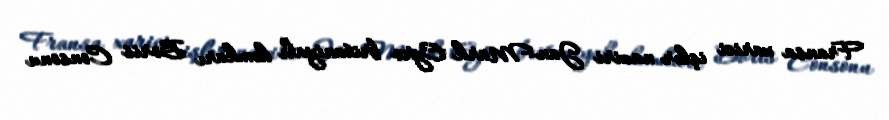
Fransa xarici işlər naziri Jan-Mark Eyro britaniyalı həmkarı Boris Consonu